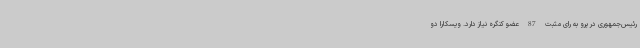
رئیس‌جمهوری در پرو به رای مثبت 87 عضو کنگره نیاز دارد. ویسکارا دو